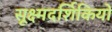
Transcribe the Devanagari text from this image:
सूक्ष्मदर्शिकियों